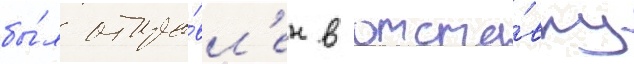
бы́л отпра́вл'ен в отста́вку